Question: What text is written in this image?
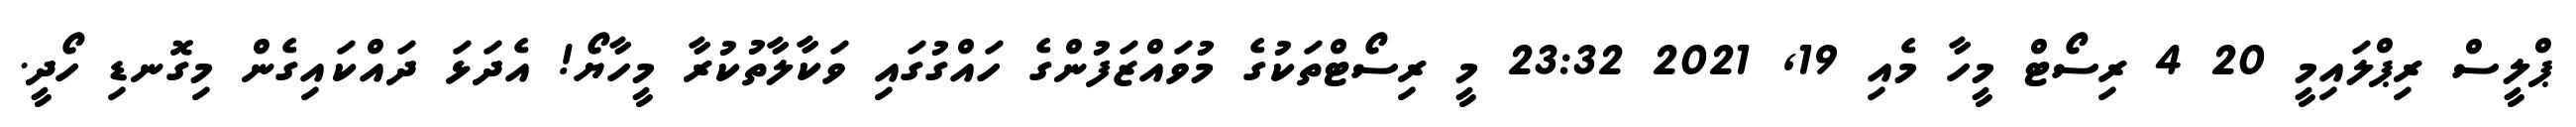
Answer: ޕްލީސް ރިޕްލައިމީ 20 4 ރިސޯޓް މީހާ މެއި 19, 2021 23:32 މީ ރިސޯޓްތަކުގެ މުވައްޒަފުންގެ ހައްގުގައި ވަކާލާތުކުރާ މީހާޔޯ! އެދަޅަ ދައްކައިގެން މިގޮނޑި ހޯދީ.